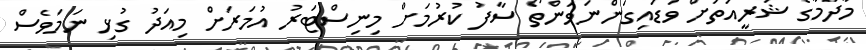
މާދަމާގެ ޝަރީއަތަށް ވަޑައިގަންނަވަންތޯ ސާފު ކުރުމަށް މިނިސްޓަރު އުމަރަށް މިއަދު ގުޅި ނަމަވެސް